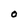
Character: O